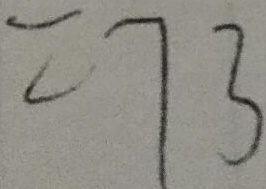
= 7 3